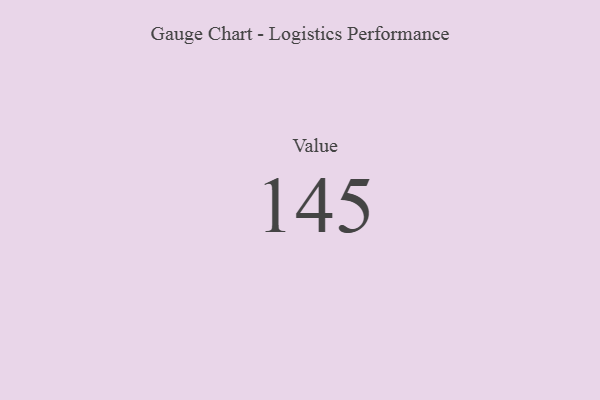
{"axis": {"x": "Metric", "y": "Value"}, "legend": [""], "data": [{"x": "Value", "y": 145, "type": ""}]}